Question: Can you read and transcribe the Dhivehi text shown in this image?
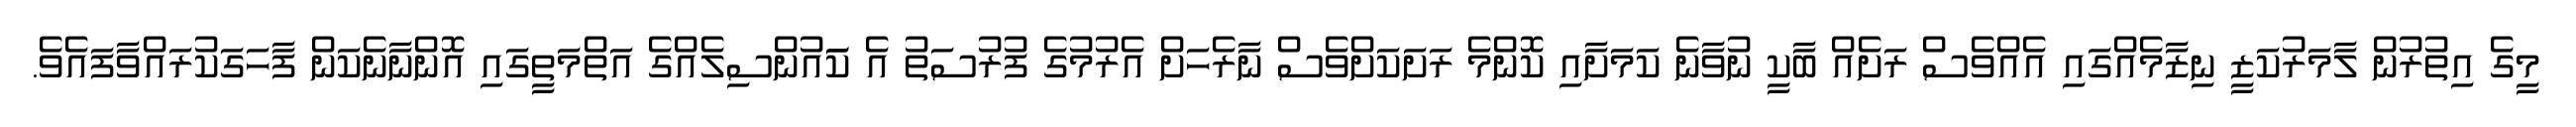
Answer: މީގެ އިތުރުން ލާމަރުކަޒީ ނިޒާމެއްގައި އެއްވެސް ރަށެއް ބާކީ ނުވާނެ ކަމަށާއި ކޮންމެ ރަށަކަށްވެސް ނާރެހަށް އެރުމުގެ ފުރުސަތު އެ ކަައުންސިލެއްގެ އަތްމަތީގައި އޮންނާނެކަން ފާހަގަކުރައްވާފައެވެ.